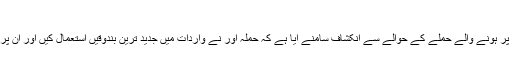
نیوزی لینڈ حملہ، دہشتگرد نے بندوقوں پر نام لکھ رکھے تھے
لاہور: (ویب ڈیسک) نیوزی لینڈ میں نماز جمعہ کے دوران مساجد پر ہونے والے حملے کے حوالے سے انکشاف سامنے آیا ہے کہ حملہ آور نے واردات میں جدید ترین بندوقیں استعمال کیں اور ان پر ماضی میں دہشتگرد حملے کرنے والوں کے نام لکھ رکھے تھے۔